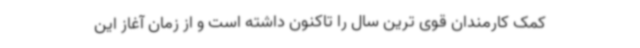
کمک کارمندان قوی ترین سال را تاکنون داشته است و از زمان آغاز این